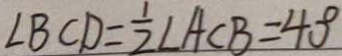
\angle B C D = \frac { 1 } { 2 } \angle A C B = 4 0 ^ { \circ }